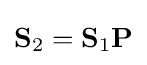
\mathbf {S} _{2}=\mathbf {S} _{1}\mathbf {P}